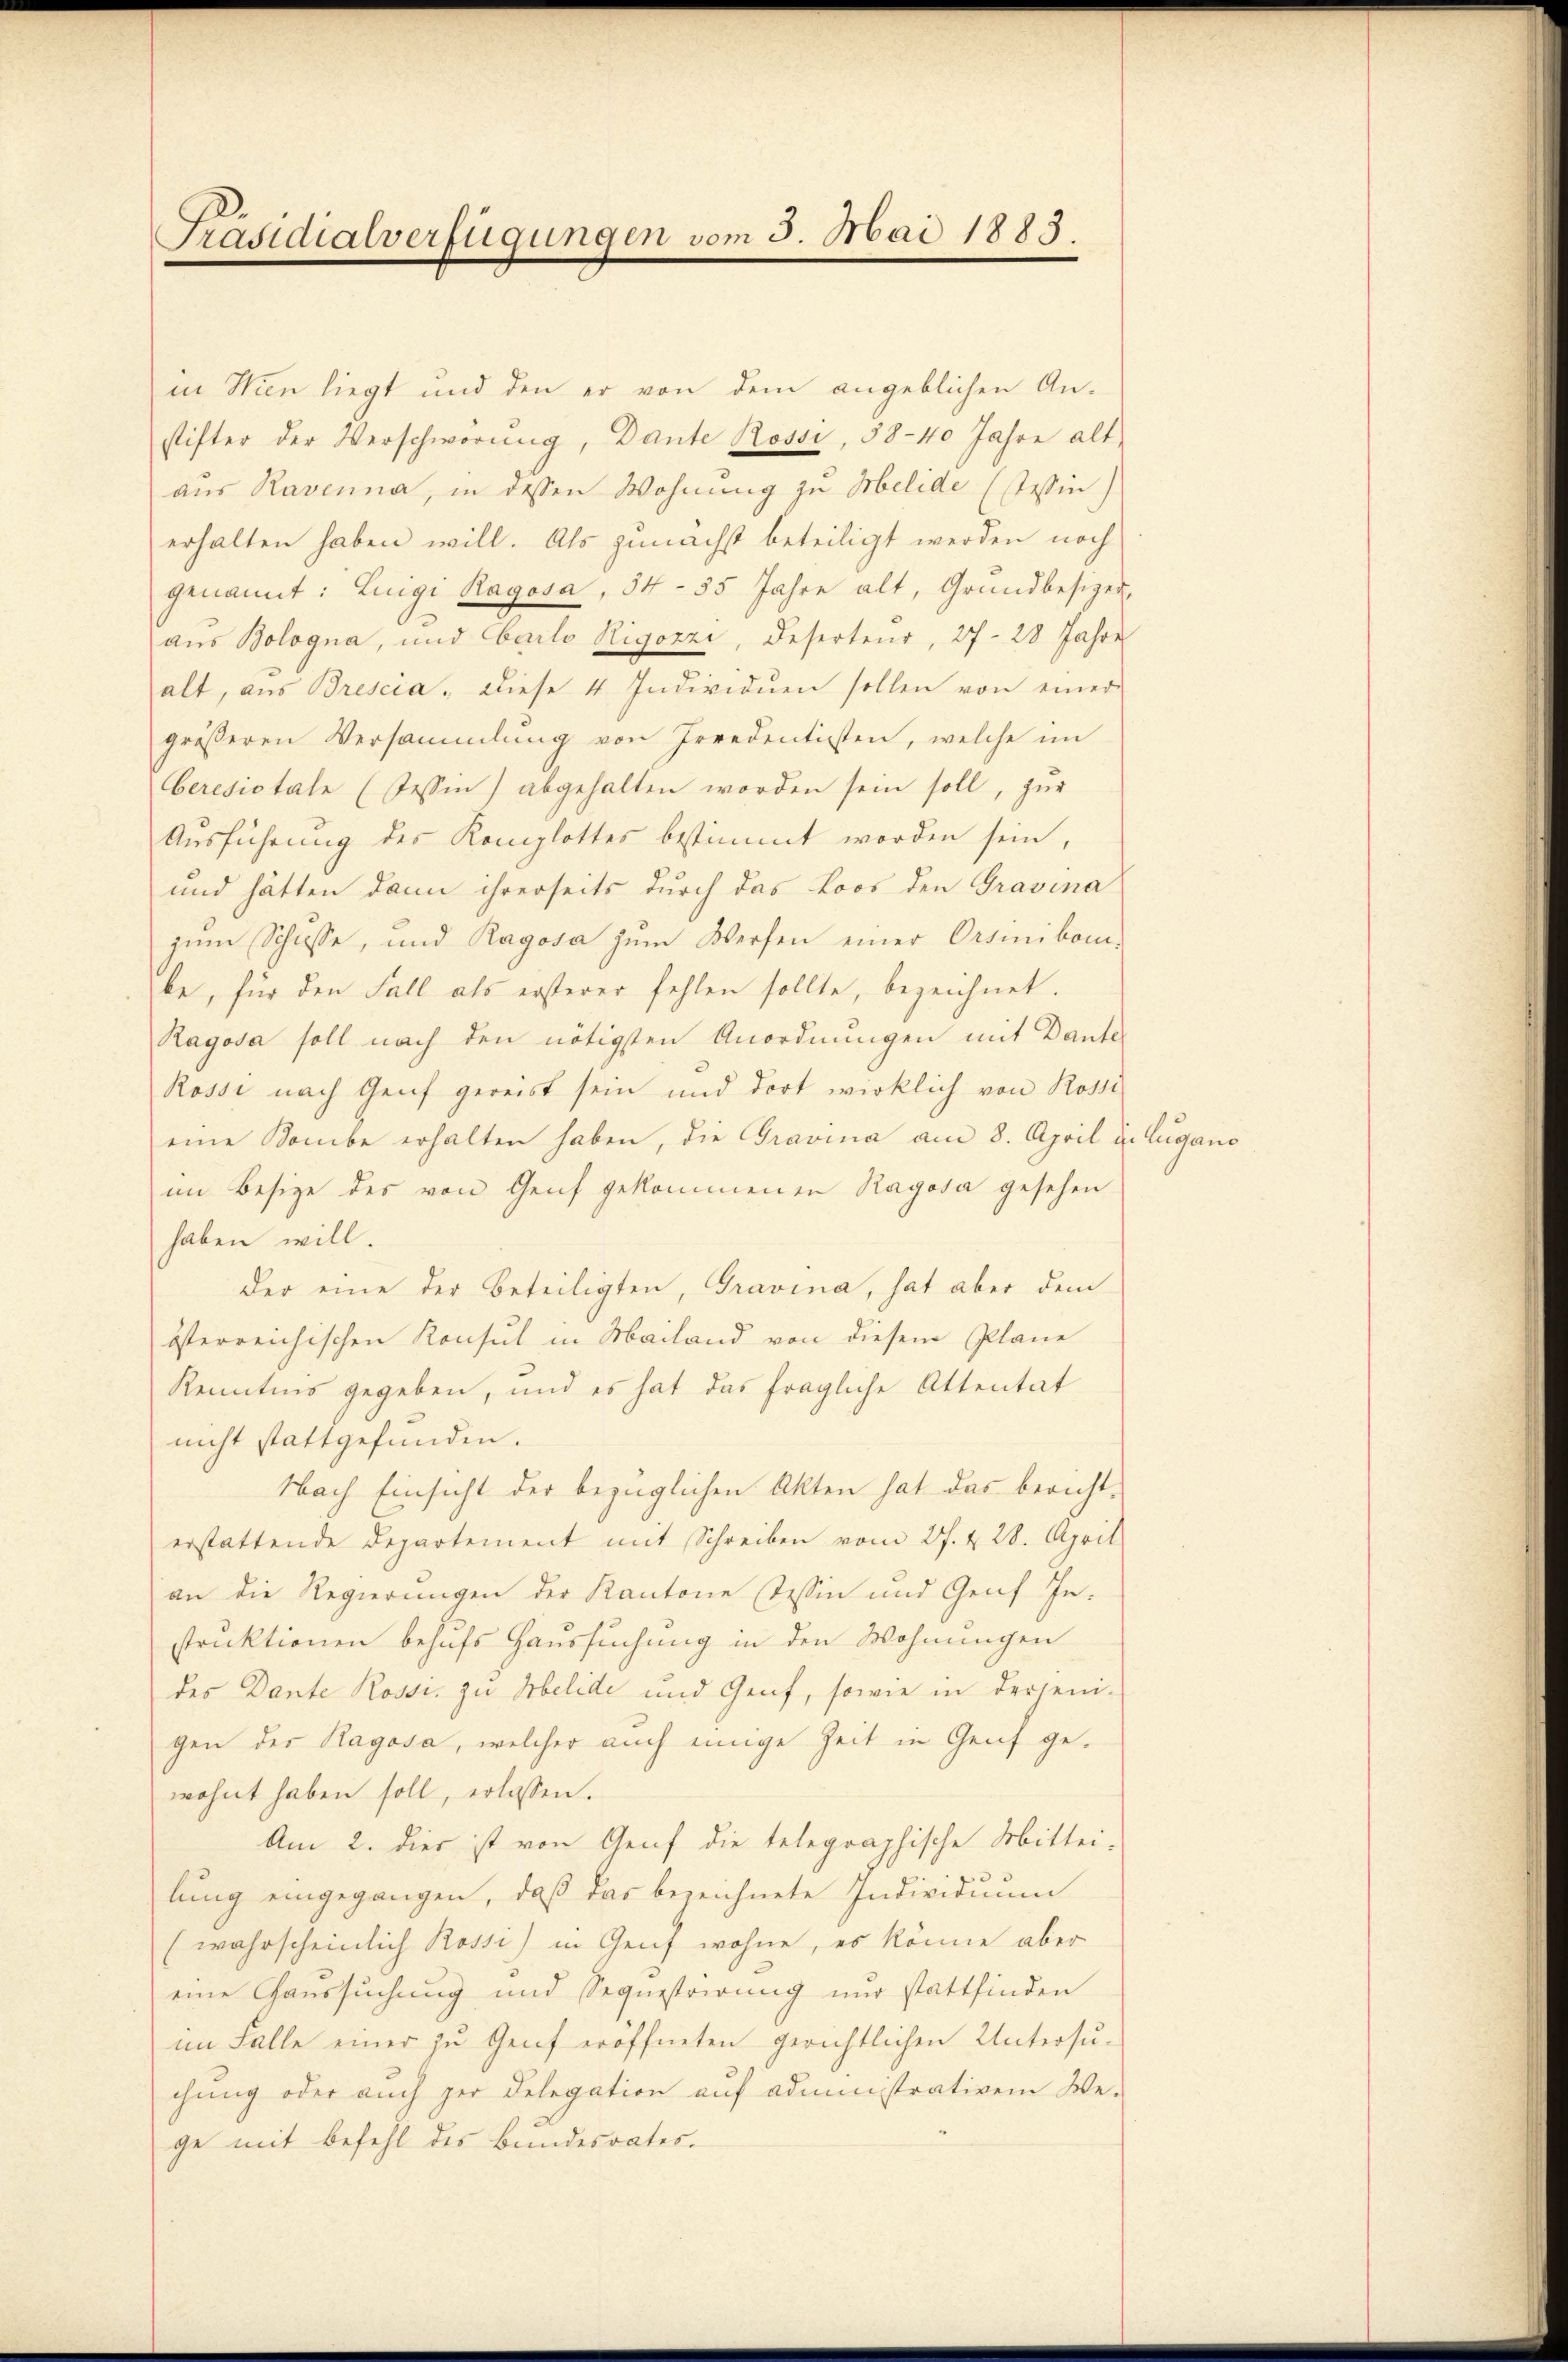
Präsidialverfügungen vom 5. Mai 1883.

in Wien liegt und den er von dem angeblichen An-
stifter der Verschwörung, Dante Rossi, 58-40 Jahre alt
aus Ravenna, in dessen Wohnung zu Melide (Teßin)
erhalten haben will. Als zunächst beteiligt werden noch
genannt: Luigi Ragosa, 34 - 55 Jahre alt, Grundbesizer-
aus Bologna, und Carlo Rigozzi, Deserteur, 27- 28 Jahre
alt, aus Brescia. Diese 4 Individuen sollen von einer
gröβeren Versammlung von Irredentisten, welche im
Ceresiotale (Tessin) abgehalten worden sein soll, zur
Aŭsführung des Komplottes bestimmt worden sein,
und hätten dann ihrerseits durch das Loos den Gravina
zum Schüsse, und Ragosa zŭm Werfen einer Orsinibom,
be, für den Fall als ersterer fehlen sollte, bezeichnet.
Ragosa soll nach den nötigsten Anordnungen mit Dante
Rosse nach Genf gereist sein und dort wirklich von Rossi
eine Kombe erhalten haben, die Gravina am 8. April in Lugan
im Besize des von Genf gekommenen Ragosa gesehen
haben will
der eine der beteiligten, Gravina, hat aber dem
österreichischen Konsul in Mailand von diesem Plane
Kenntnis gegeben, und es hat das fragliche Attentat
nicht stattgefunden.
Nach Einsicht der bezüglichen Akten hat das bericht-
erstattende Departement mit Schreiben vom 27. d. 28. April
an die Regierungen der Kantone tessin und Genf Instruktionen behufs Haussuchung in den Wohnungen
des Dante Rossi, zu Melide und Genf, sowie in derjeni-
gen der Ragosa, welcher auch einige Zeit in Genf gewohnt haben soll, erlassen.
Am 2. dies ist von Genf die telegraphische Mittei-
lung eingegangen, daß das bezeichnete Individuum
(wahrscheinlich Rossi) in Genf wohne, es könne aber
eine Gaussuchung und Sequestrirung nur stattfinden
im Falle einer zu Genf eröffneten gerichtlichen Untersuchung oder auch zur Delegation auf administrativem We-
ge mit Befehl des Bundesrates.